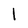
Character: 1